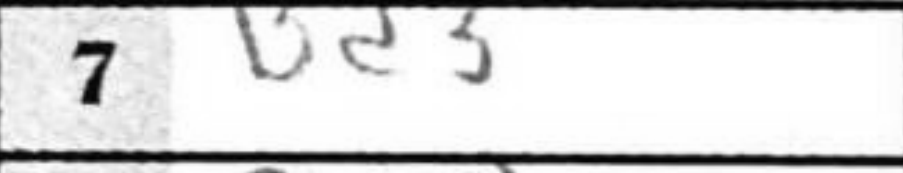
Transcription: Bd3